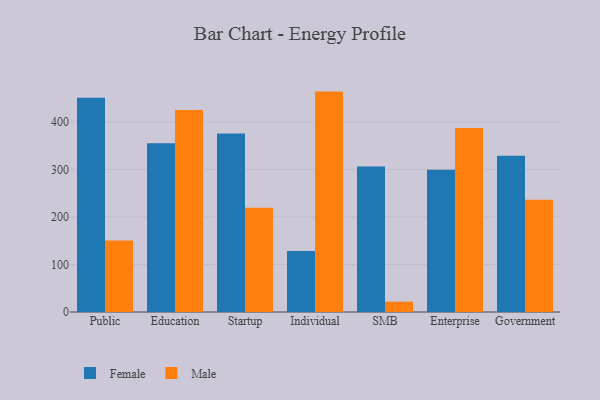
{"axis": {"x": "Segment", "y": "Shipments"}, "legend": ["Female", "Male"], "data": [{"x": "Public", "y": 450.5, "type": "Female"}, {"x": "Public", "y": 150.5, "type": "Male"}, {"x": "Education", "y": 355.0, "type": "Female"}, {"x": "Education", "y": 425.0, "type": "Male"}, {"x": "Startup", "y": 375.6, "type": "Female"}, {"x": "Startup", "y": 219.1, "type": "Male"}, {"x": "Individual", "y": 128.2, "type": "Female"}, {"x": "Individual", "y": 463.6, "type": "Male"}, {"x": "SMB", "y": 305.9, "type": "Female"}, {"x": "SMB", "y": 21.8, "type": "Male"}, {"x": "Enterprise", "y": 299.4, "type": "Female"}, {"x": "Enterprise", "y": 387.2, "type": "Male"}, {"x": "Government", "y": 328.6, "type": "Female"}, {"x": "Government", "y": 236.3, "type": "Male"}]}